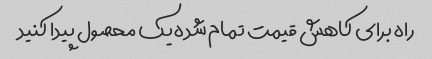
راه برای کاهش قیمت تمام شده یک محصول پیدا کنید